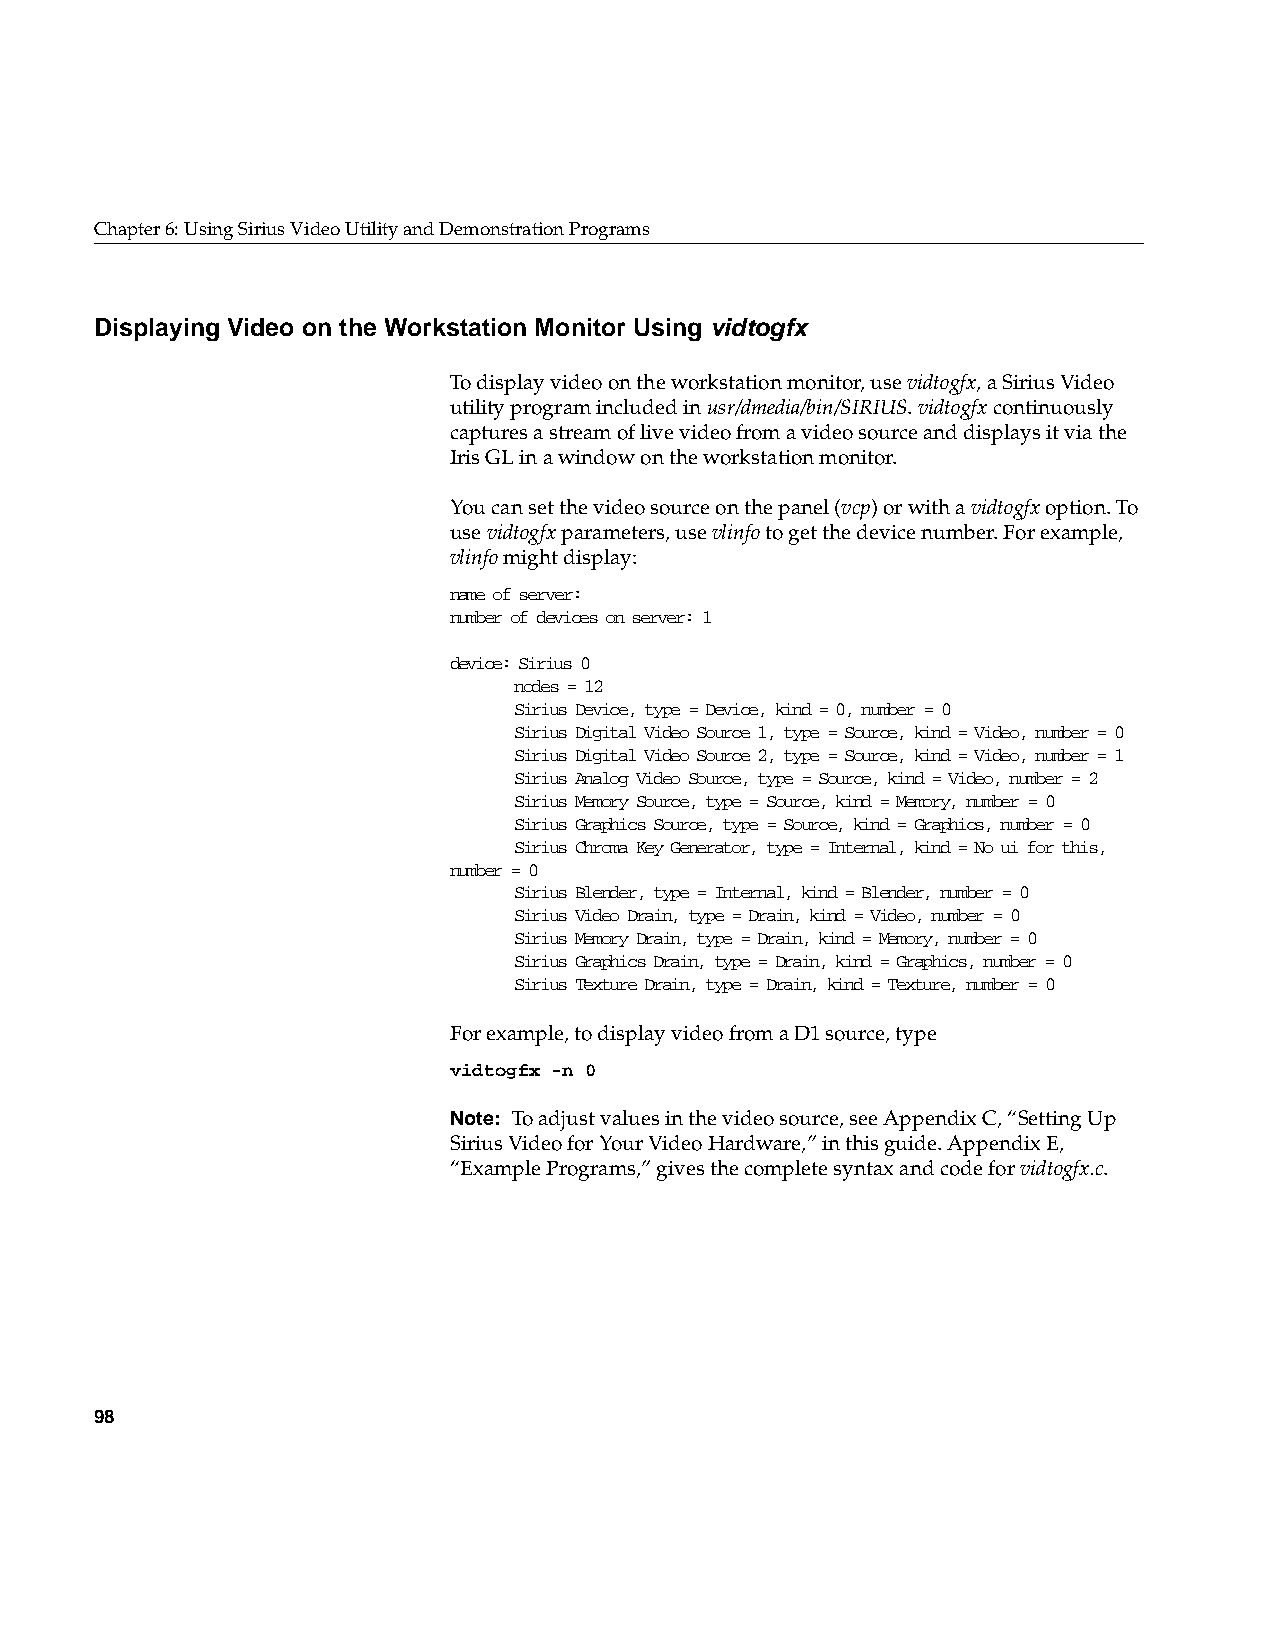
Chapter6: Using Sirius Video Utility and Demonstration Programs
 Displaying Video on the Workstation Monitor Using vidtogfx
 To display video on the workstation monitor, usevidtogfx, a Sirius Video
 utility program included inusr/dmedia/bin/SIRIUS.vidtogfx continuously
 captures a stream of live video from a video source and displays it via the
 Iris GL in a window on the workstation monitor.
 You can set the video source on the panel (vcp) or with avidtogfx option. To
 usevidtogfx parameters, usevlinfo to get the device number. For example,
 vlinfo might display:
 name of server:
 number of devices on server: 1
 device: Sirius 0
 nodes = 12
 Sirius Device, type = Device, kind = 0, number = 0
 Sirius Digital Video Source 1, type = Source, kind = Video, number = 0
 Sirius Digital Video Source 2, type = Source, kind = Video, number = 1
 Sirius Analog Video Source, type = Source, kind = Video, number = 2
 Sirius Memory Source, type = Source, kind = Memory, number = 0
 Sirius Graphics Source, type = Source, kind = Graphics, number = 0
 Sirius Chroma Key Generator, type = Internal, kind = No ui for this,
 number = 0
 Sirius Blender, type = Internal, kind = Blender, number = 0
 Sirius Video Drain, type = Drain, kind = Video, number = 0
 Sirius Memory Drain, type = Drain, kind = Memory, number = 0
 Sirius Graphics Drain, type = Drain, kind = Graphics, number = 0
 Sirius Texture Drain, type = Drain, kind = Texture, number = 0
 For example, to display video from a D1 source, type
 vidtogfx -n 0
 Note: To adjust values in the video source, see AppendixC, “Setting Up
 Sirius Video for Your Video Hardware,” in this guide. AppendixE,
 “Example Programs,” gives the complete syntax and code forvidtogfx.c.
 98